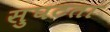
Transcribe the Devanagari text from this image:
सुघटता